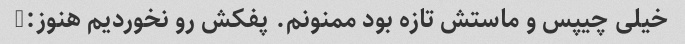
خیلی چیپس و ماستش تازه بود ممنونم. پفکش رو نخوردیم هنوز:)